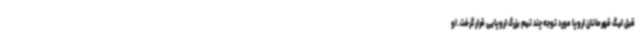
قبل لیگ قهرمانان اروپا مورد توجه چند تیم بزرگ اروپایی قرار گرفت. او